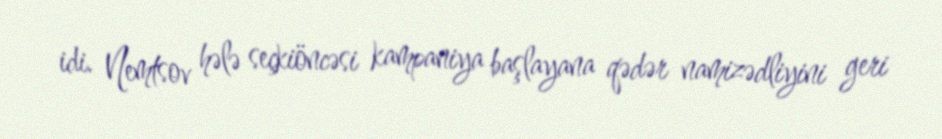
idi. Nemtsov hələ seçkiöncəsi kampaniya başlayana qədər namizədliyini geri